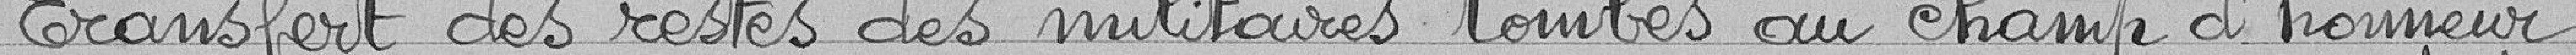
Transfert des restes des militaires tombés au champ d'honneur